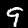
Digit: 9